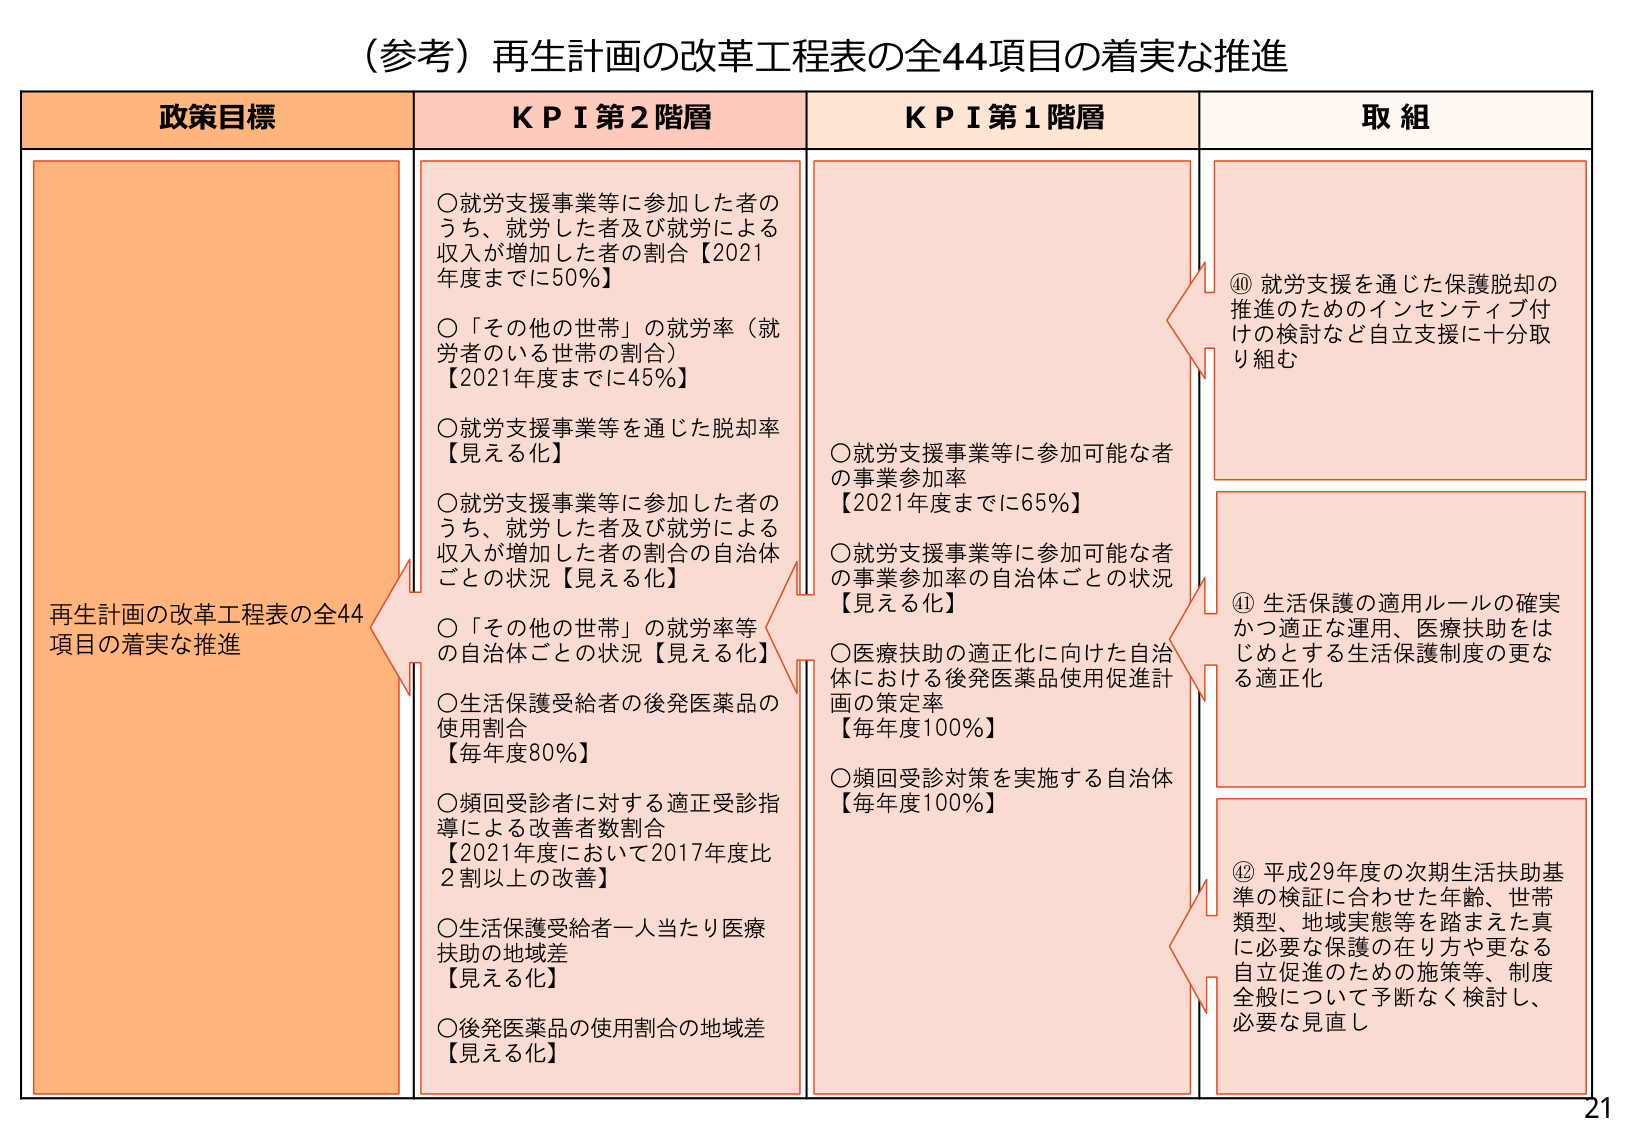
（参考）再生計画の改革工程表の全44項目の着実な推進

政策目標
再生計画の改革工程表の全44項目の着実な推進

KPI 第2階層
○就労支援事業等に参加した者のうち、就労した者及び就労による収入が増加した者の割合【2021年度までに50%】
○「その他の世帯」の就労率（就労者のいる世帯の割合）【2021年度までに45%】
○就労支援事業等を通じた脱却率【見える化】
○就労支援事業等に参加した者のうち、就労した者及び就労による収入が増加した者の割合の自治体ごとの状況【見える化】
○「その他の世帯」の就労率等の自治体ごとの状況【見える化】
○生活保護受給者の後発医薬品の使用割合【毎年度80%】
○頻回受診者に対する適正受診指導による改善者数割合【2021年度において2017年度比2割以上の改善】
○生活保護受給者一人当たり医療扶助の地域差【見える化】
○後発医薬品の使用割合の地域差【見える化】

KPI 第1階層
○就労支援事業等に参加可能な者の事業参加率【2021年度までに65%】
○就労支援事業等に参加可能な者の事業参加率の自治体ごとの状況【見える化】
○医療扶助の適正化に向けた自治体における後発医薬品使用促進計画の策定率【毎年度100%】
○頻回受診対策を実施する自治体【毎年度100%】

取組
⑩就労支援を通じた保護脱却の推進のためのインセンティブ付けの検討など自立支援に十分取り組む
⑪生活保護の適用ルールの確実かつ適正な運用、医療扶助をはじめとする生活保護制度の更なる適正化
⑫平成29年度の次期生活扶助基準の検証に合わせた年齢、世帯類型、地域実態等を踏まえた真に必要な保護の在り方や更なる自立促進のための施策等、制度全般について予断なく検討し、必要な見直し

21